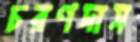
চরণদাস